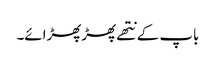
باپ کے نتھے پھڑپھڑائے۔